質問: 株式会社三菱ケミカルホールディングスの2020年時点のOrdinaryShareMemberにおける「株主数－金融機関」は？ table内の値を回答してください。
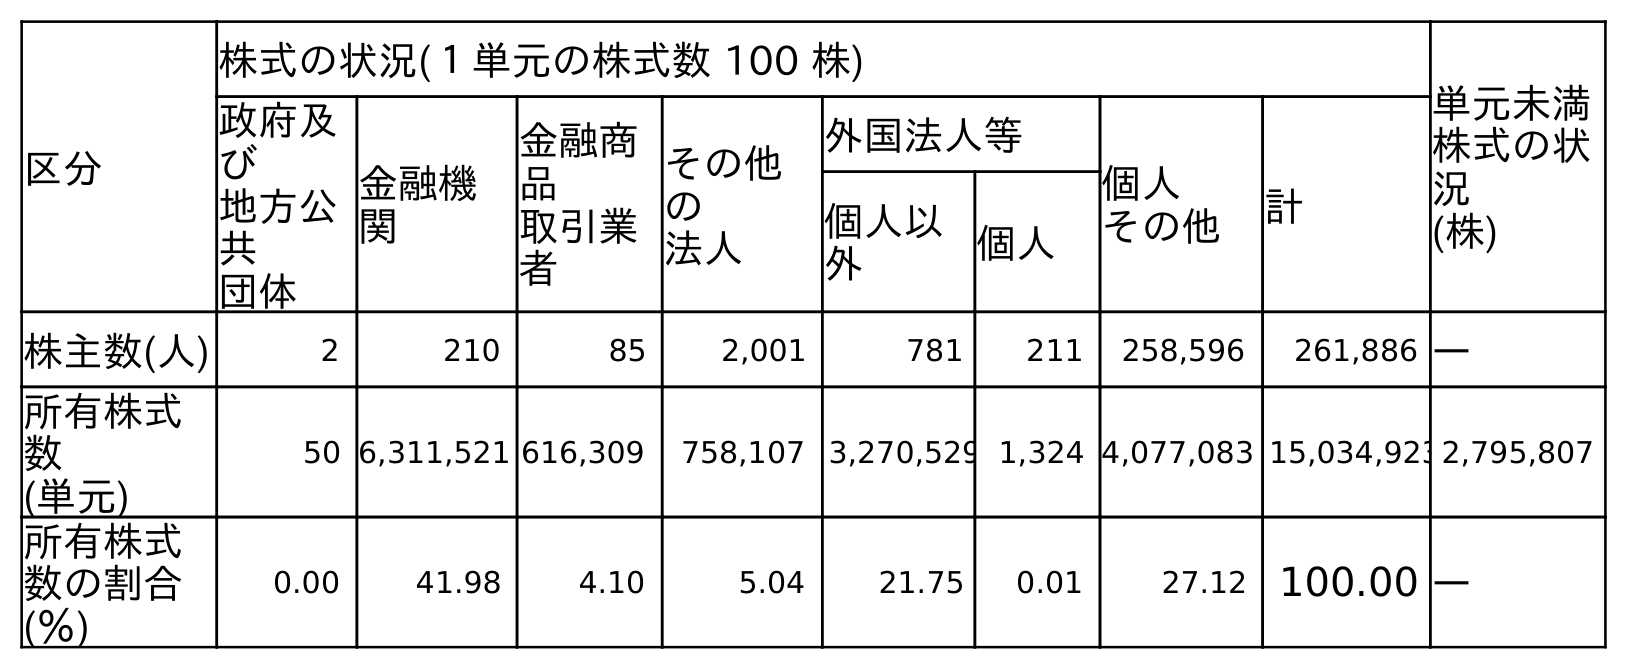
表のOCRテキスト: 区分 株式の状況(１単元の株式数 100 株) 単元未満 株式の状 況 (株) 政府及 び 地方公 共 団体 金融機 関 金融商 品 取引業 者 その他 の 法人 外国法人等 個人 その他 計 個人以 外 個人 株主数(人) 2 210 85 2,001 781 211 258,596 261,886 ― 所有株式 数 (単元) 50 6,311,521 616,309 758,107 3,270,529 1,324 4,077,083 15,034,9232,795,807 所有株式 数の割合 (％) 0.00 41.98 4.10 5.04 21.75 0.01 27.12 100.00 ―
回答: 210